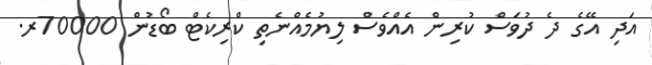
އަދި އޭގެ ދެ ދުވަސް ކުރިން އެއްވެސް ލިޔުމެއްނެތި ކްރިކެޓް ބޯޑުން 70000ރ.